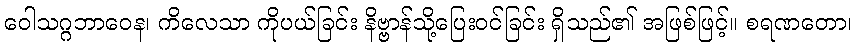
ဝေါသဂ္ဂဘာဝေန၊ ကိလေသာ ကိုပယ်ခြင်း နိဗ္ဗာန်သို့ပြေးဝင်ခြင်း ရှိသည်၏ အဖြစ်ဖြင့်။ စရဏတော၊